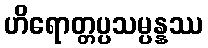
ဟိရောတ္တပ္ပသမ္ပန္နဿ